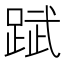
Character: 䟼